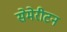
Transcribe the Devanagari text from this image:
सेमेरीटन